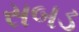
સબડ